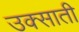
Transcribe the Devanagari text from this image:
उक्साती